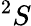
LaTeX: ^2S